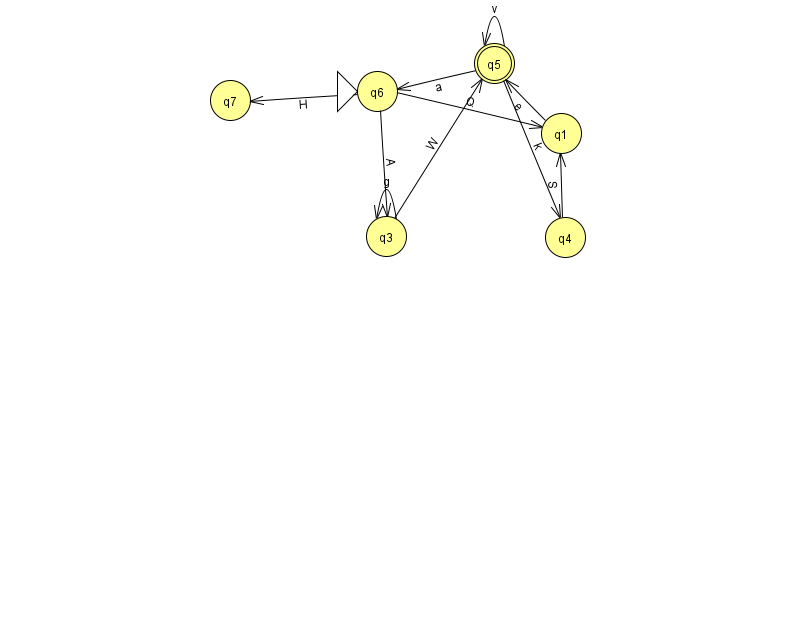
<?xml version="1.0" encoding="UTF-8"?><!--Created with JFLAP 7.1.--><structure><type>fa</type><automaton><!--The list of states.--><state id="0" name="q0"><x>824.0</x><y>261.0</y><final/></state><state id="1" name="q1"><x>561.0</x><y>120.0</y></state><state id="3" name="q3"><x>386.0</x><y>223.0</y></state><state id="4" name="q4"><x>565.0</x><y>224.0</y></state><state id="5" name="q5"><x>494.0</x><y>50.0</y><final/></state><state id="6" name="q6"><x>377.0</x><y>78.0</y><initial/></state><state id="7" name="q7"><x>230.0</x><y>87.0</y></state><!--The list of transitions.--><transition><from>1</from><to>5</to><read>e</read></transition><transition><from>6</from><to>3</to><read>A</read></transition><transition><from>5</from><to>6</to><read>a</read></transition><transition><from>6</from><to>7</to><read>H</read></transition><transition><from>4</from><to>1</to><read>S</read></transition><transition><from>0</from><to>0</to><read>v</read></transition><transition><from>3</from><to>5</to><read>W</read></transition><transition><from>5</from><to>5</to><read>v</read></transition><transition><from>6</from><to>1</to><read>Q</read></transition><transition><from>3</from><to>3</to><read>g</read></transition><transition><from>5</from><to>4</to><read>k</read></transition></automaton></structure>